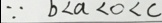
\because b < a < 0 < c